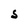
Character: S